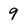
Character: 9